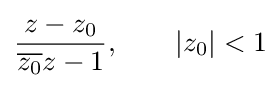
{\frac {z-z_{0}}{{\overline {z_{0}}}z-1}},\qquad |z_{0}|<1